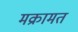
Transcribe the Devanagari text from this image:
मक्रामत